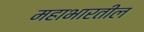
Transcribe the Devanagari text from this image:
महाभारतील